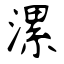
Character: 漯